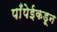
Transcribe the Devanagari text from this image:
पाँपेईकडून